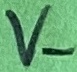
Text: V-